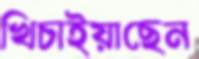
খিচাইয়াছেন